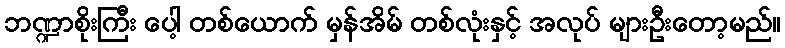
ဘဏ္ဍာစိုးကြီး ပေါ့ တစ်ယောက် မှန်အိမ် တစ်လုံးနှင့် အလုပ် များဦးတော့မည်။